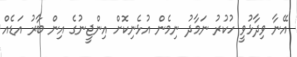
އޭނާ ވިދާޅުވީ ހުކުރު ނަމާދު ނިމެން އުޅެނިކޮށް އިންޖީނުގެ އިން ބާރު އަޑެއް